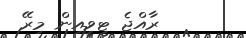
ރާއްޖެ ޓީވީއިން މިރޭ